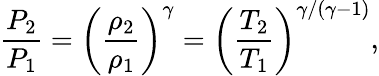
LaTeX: \frac{P_{2}}{P_{1}}=\left(\frac{\rho_{2}}{\rho_{1}}\right)^{\gamma}=\left(\frac{T_{2}}{T_{1}}\right)^{\gamma/(\gamma-1)},